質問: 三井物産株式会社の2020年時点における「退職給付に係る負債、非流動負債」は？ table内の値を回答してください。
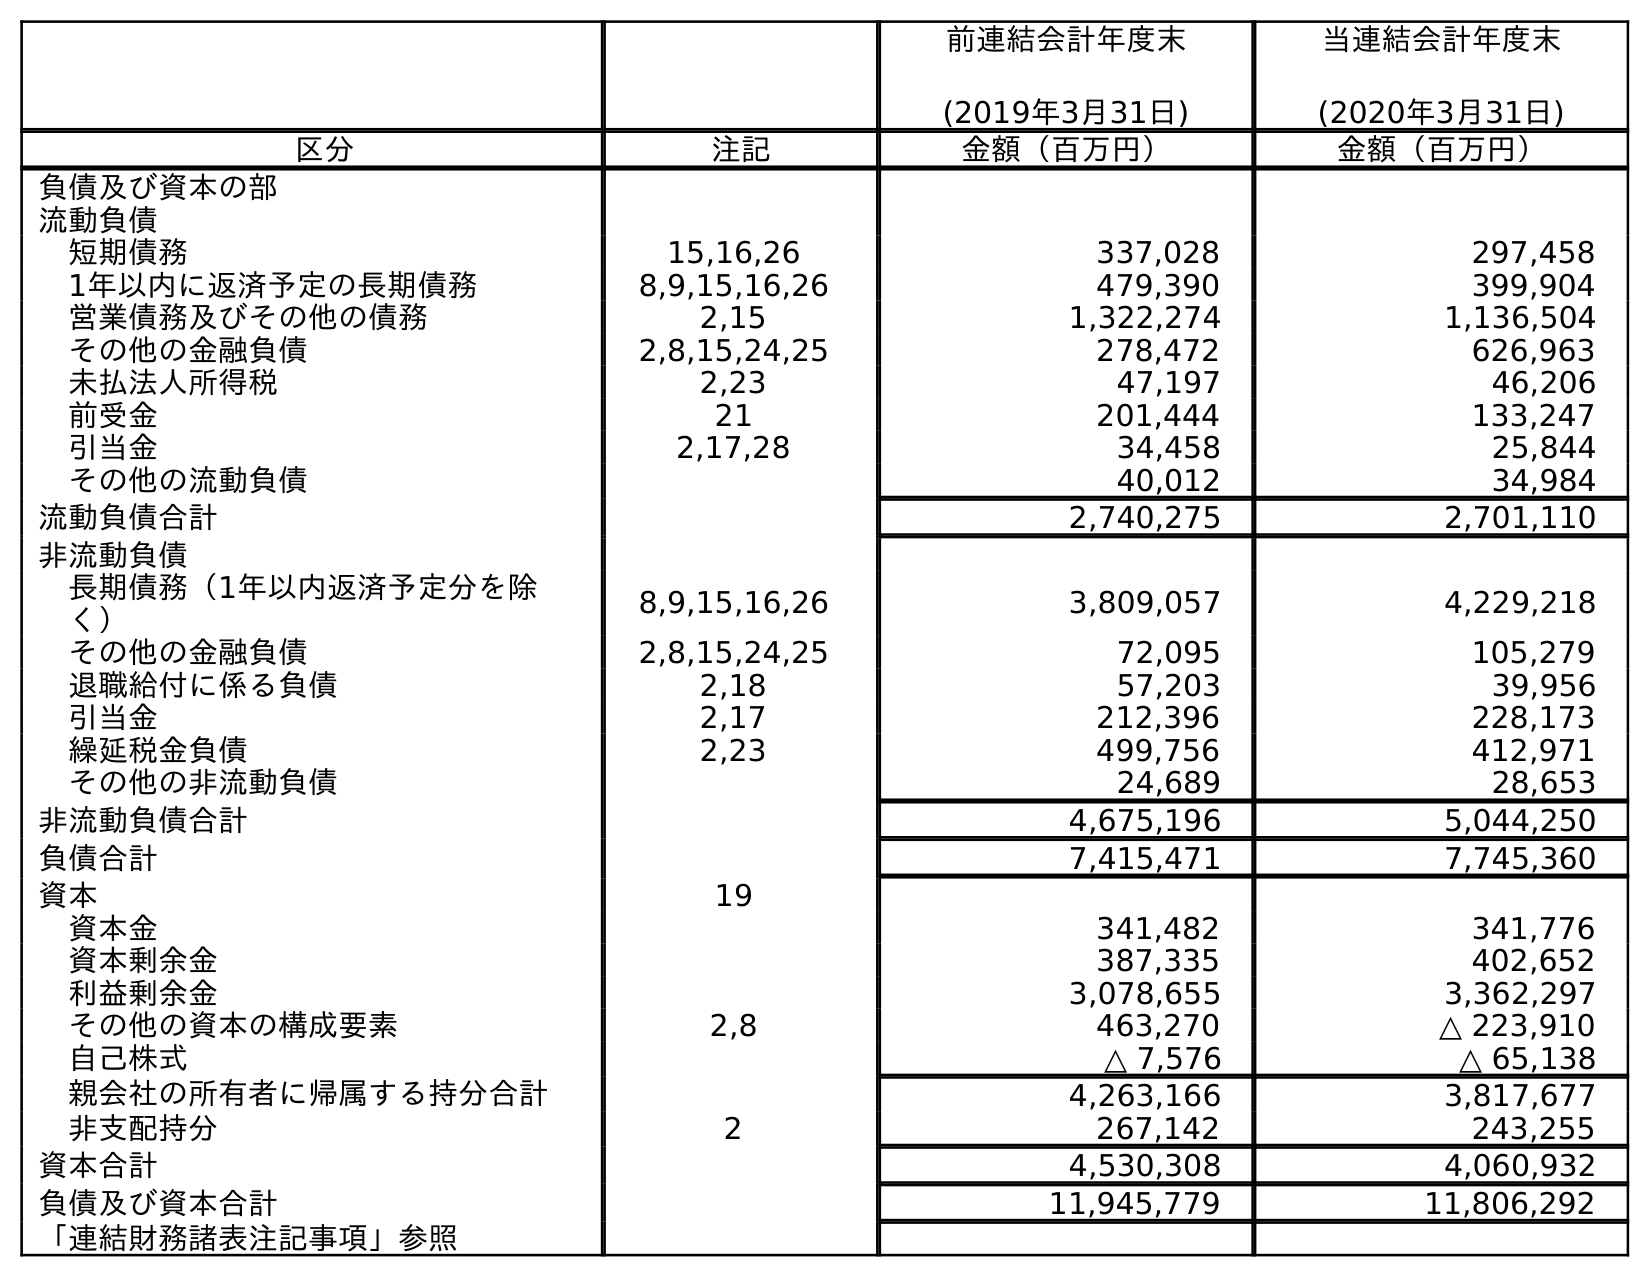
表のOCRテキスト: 前連結会計年度末 (2019年3月31日) 当連結会計年度末 (2020年3月31日) 区分 注記 金額（百万円） 金額（百万円） 負債及び資本の部 流動負債 短期債務 15,16,26 337,028 297,458 1年以内に返済予定の長期債務 8,9,15,16,26 479,390 399,904 営業債務及びその他の債務 2,15 1,322,274 1,136,504 その他の金融負債 2,8,15,24,25 278,472 626,963 未払法人所得税 2,23 47,197 46,206 前受金 21 201,444 133,247 引当金 2,17,28 34,458 25,844 その他の流動負債 40,012 34,984 流動負債合計 2,740,275 2,701,110 非流動負債 長期債務（1年以内返済予定分を除 く） 8,9,15,16,26 3,809,057 4,229,218 その他の金融負債 2,8,15,24,25 72,095 105,279 退職給付に係る負債 2,18 57,203 39,956 引当金 2,17 212,396 228,173 繰延税金負債 2,23 499,756 412,971 その他の非流動負債 24,689 28,653 非流動負債合計 4,675,196 5,044,250 負債合計 7,415,471 7,745,360 資本 19 資本金 341,482 341,776 資本剰余金 387,335 402,652 利益剰余金 3,078,655 3,362,297 その他の資本の構成要素 2,8 463,270 △ 223,910 自己株式 △ 7,576 △ 65,138 親会社の所有者に帰属する持分合計 4,263,166 3,817,677 非支配持分 2 267,142 243,255 資本合計 4,530,308 4,060,932 負債及び資本合計 11,945,779 11,806,292 「連結財務諸表注記事項」参照
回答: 39,956